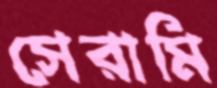
সেরামি